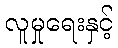
လူမှုရေးနှင့်